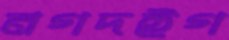
নগদইগ